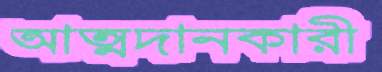
আত্মদানকারী